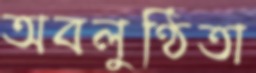
অবলুণ্ঠিতা